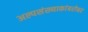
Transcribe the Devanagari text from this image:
अल्पसंख्याकांबरोबर